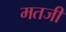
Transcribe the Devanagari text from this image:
मतजी